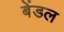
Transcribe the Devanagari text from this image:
बेंडल